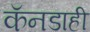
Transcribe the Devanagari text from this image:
कॅनडाही